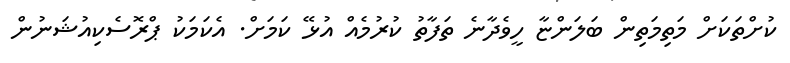
ކުށްތަކަށް މަތިމަތިން ބަލަންޏާ ހީވެދާނެ ތަފާތު ކުރުމެއް އުޅޭ ކަމަށް. އެކަމަކު ޕްރޮސެކިއުޝަނުން